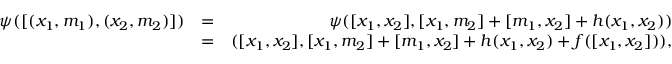
\begin{array} { r l r } { \psi ( [ ( x _ { 1 } , m _ { 1 } ) , ( x _ { 2 } , m _ { 2 } ) ] ) } & { = } & { \psi ( [ x _ { 1 } , x _ { 2 } ] , [ x _ { 1 } , m _ { 2 } ] + [ m _ { 1 } , x _ { 2 } ] + h ( x _ { 1 } , x _ { 2 } ) ) } \\ & { = } & { ( [ x _ { 1 } , x _ { 2 } ] , [ x _ { 1 } , m _ { 2 } ] + [ m _ { 1 } , x _ { 2 } ] + h ( x _ { 1 } , x _ { 2 } ) + f ( [ x _ { 1 } , x _ { 2 } ] ) ) , } \end{array}